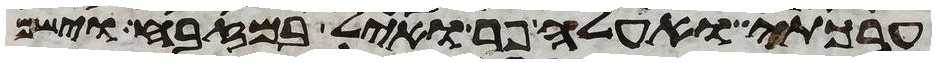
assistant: ערכתי ואעלה פר ואיל במזבח וישם